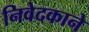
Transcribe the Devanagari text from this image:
निवेदकाने